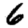
Digit: 6